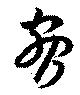
脅